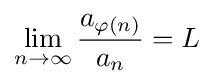
\lim _{n\to \infty }{\frac {a_{\varphi (n)}}{a_{n}}}=L